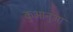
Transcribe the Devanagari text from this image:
कुआनुआ